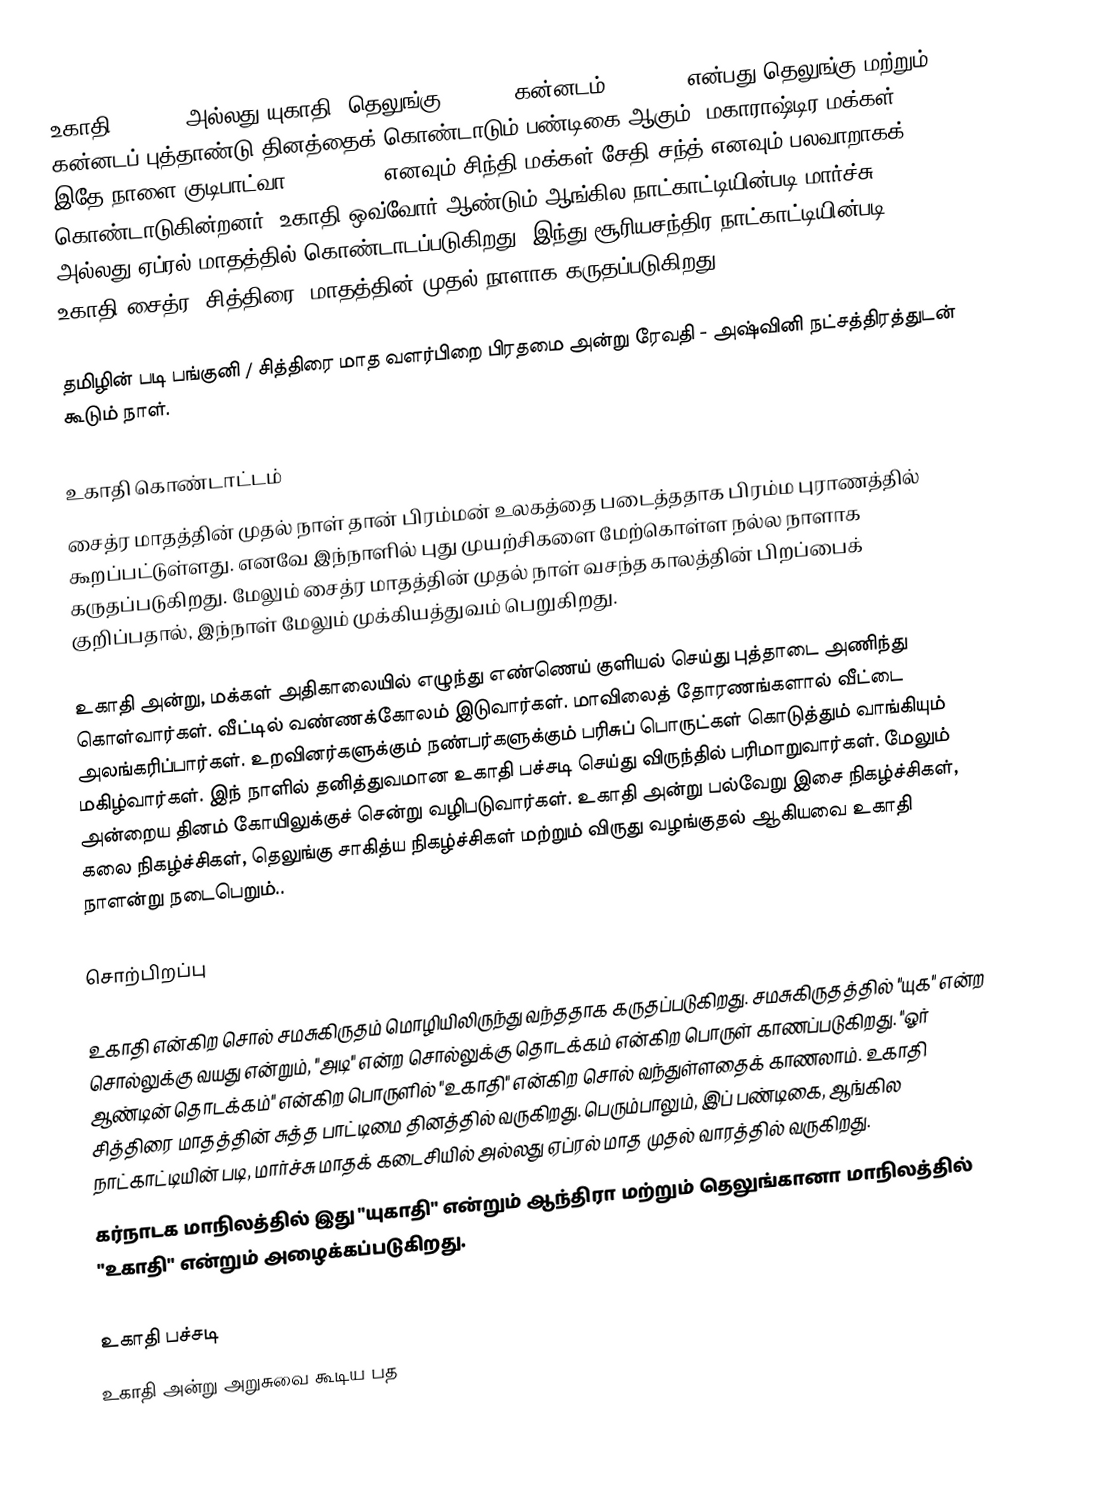
உகாதி (Ugadi) அல்லது யுகாதி (தெலுங்கு: ఉగాది, கன்னடம்: ಯುಗಾದಿ) என்பது தெலுங்கு மற்றும் கன்னடப் புத்தாண்டு தினத்தைக் கொண்டாடும் பண்டிகை ஆகும். மகாராஷ்டிர மக்கள் இதே நாளை குடிபாட்வா(गुढीपाडवा) எனவும் சிந்தி மக்கள் சேதி சந்த் எனவும் பலவாறாகக் கொண்டாடுகின்றனர். உகாதி ஒவ்வோர் ஆண்டும் ஆங்கில நாட்காட்டியின்படி மார்ச்சு அல்லது ஏப்ரல் மாதத்தில் கொண்டாடப்படுகிறது. இந்து சூரியசந்திர நாட்காட்டியின்படி, உகாதி சைத்ர (சித்திரை) மாதத்தின் முதல் நாளாக கருதப்படுகிறது.

தமிழின் படி பங்குனி / சித்திரை மாத வளர்பிறை பிரதமை அன்று ரேவதி - அஷ்வினி நட்சத்திரத்துடன் கூடும் நாள்.

உகாதி கொண்டாட்டம்
சைத்ர மாதத்தின் முதல் நாள் தான் பிரம்மன் உலகத்தை படைத்ததாக பிரம்ம புராணத்தில் கூறப்பட்டுள்ளது. எனவே இந்நாளில் புது முயற்சிகளை மேற்கொள்ள நல்ல நாளாக கருதப்படுகிறது. மேலும் சைத்ர மாதத்தின் முதல் நாள் வசந்த காலத்தின் பிறப்பைக் குறிப்பதால், இந்நாள் மேலும் முக்கியத்துவம் பெறுகிறது.

உகாதி அன்று, மக்கள் அதிகாலையில் எழுந்து எண்ணெய் குளியல் செய்து புத்தாடை அணிந்து கொள்வார்கள். வீட்டில் வண்ணக்கோலம் இடுவார்கள். மாவிலைத் தோரணங்களால் வீட்டை அலங்கரிப்பார்கள். உறவினர்களுக்கும் நண்பர்களுக்கும் பரிசுப் பொருட்கள் கொடுத்தும் வாங்கியும் மகிழ்வார்கள். இந் நாளில் தனித்துவமான உகாதி பச்சடி செய்து விருந்தில் பரிமாறுவார்கள். மேலும் அன்றைய தினம் கோயிலுக்குச் சென்று வழிபடுவார்கள். உகாதி அன்று பல்வேறு இசை நிகழ்ச்சிகள், கலை நிகழ்ச்சிகள், தெலுங்கு சாகித்ய நிகழ்ச்சிகள் மற்றும் விருது வழங்குதல் ஆகியவை உகாதி நாளன்று நடைபெறும்..

சொற்பிறப்பு

உகாதி என்கிற சொல் சமசுகிருதம் மொழியிலிருந்து வந்ததாக கருதப்படுகிறது. சமசுகிருதத்தில் "யுக" என்ற சொல்லுக்கு வயது என்றும், "அடி" என்ற சொல்லுக்கு தொடக்கம் என்கிற பொருள் காணப்படுகிறது. "ஓர் ஆண்டின் தொடக்கம்" என்கிற பொருளில் "உகாதி" என்கிற சொல் வந்துள்ளதைக் காணலாம். உகாதி சித்திரை மாதத்தின் சுத்த பாட்டிமை தினத்தில் வருகிறது. பெரும்பாலும், இப் பண்டிகை, ஆங்கில நாட்காட்டியின் படி, மார்ச்சு மாதக் கடைசியில் அல்லது ஏப்ரல் மாத முதல் வாரத்தில் வருகிறது.
கர்நாடக மாநிலத்தில் இது "யுகாதி" என்றும் ஆந்திரா மற்றும் தெலுங்கானா மாநிலத்தில் "உகாதி" என்றும் அழைக்கப்படுகிறது.

உகாதி பச்சடி
உகாதி அன்று அறுசுவை கூடிய பத